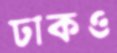
ঢাকও